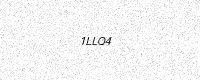
Text: 1LLQ4